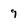
Character: 9